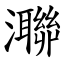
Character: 㶌